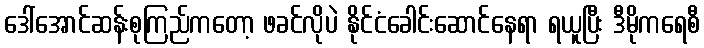
ဒေါ်အောင်ဆန်းစုကြည်ကတော့ ဖခင်လိုပဲ နိုင်ငံခေါင်းဆောင်နေရာ ရယူပြီး ဒီမိုကရေစီ